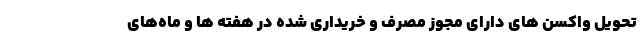
تحویل واکسن های دارای مجوز مصرف و خریداری شده در هفته ها و ماه‌های